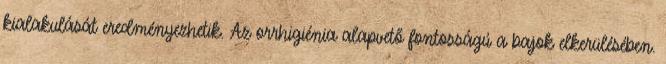
kialakulását eredményezhetik. Az orrhigiénia alapvető fontosságú a bajok elkerülésében.